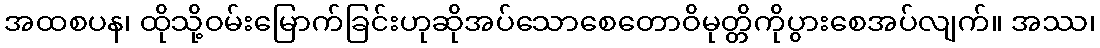
အထစပန၊ ထိုသို့ဝမ်းမြောက်ခြင်းဟုဆိုအပ်သောစေတောဝိမုတ္တိကိုပွားစေအပ်လျက်။ အဿ၊